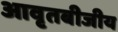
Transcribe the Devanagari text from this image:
आवृतबीजीय